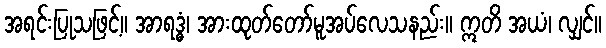
အရင်းပြုသဖြင့်။ အာရဒ္ဓံ၊ အားထုတ်တော်မူအပ်လေသနည်း။ ဣတိ အယံ၊ လျှင်။